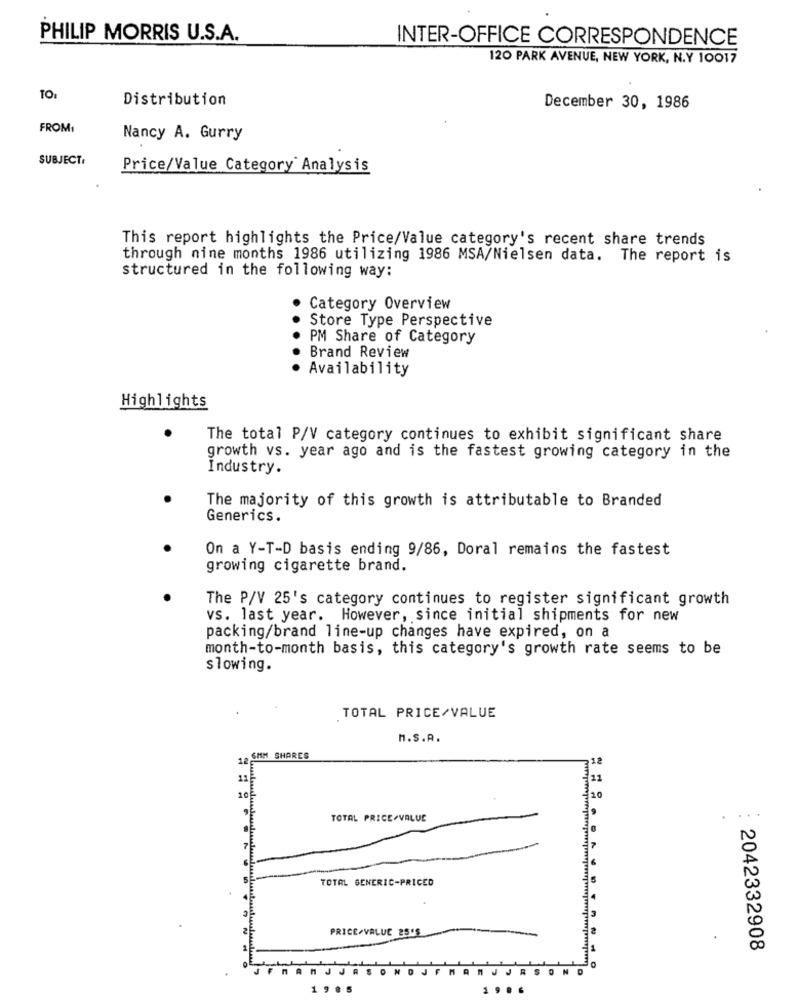
PHILIP MORRIS U.S.A.
INTER-OFFICE CORRESPONDENCE
120 PARK AVENUE, NEW YORK, N.Y 10017
Distribution
December 30, 1986
FROM1
Nancy A. Gurry
SUBJECT:
Price/Value Category Analysis
This report highlights the Price/Value category's recent share trends
through nine months 1986 utilizing 1986 MSA/Nielsen data. The report is
structured in the following way:
Category Overview
Store Type Perspective
PM Share of Category
Brand Review
Availability
Highlights
The total P/V category continues to exhibit significant share
growth vs. year ago and is the fastest growing category in the
Industry.
The majority of this growth is attributable to Branded
Generics.
On a Y-T-D basis ending 9/86, Doral remains the fastest
growing cigarette brand.
The P/V 25's category continues to register significant growth
vs. last year. However, since initial shipments for new
packing/brand line-up changes have expired, on a
month-to-month basis, this category's growth rate seems to be
slowing.
TOTAL PRICE/VALUE
M.S.A.
12 SHM SHARES
10
TOTAL PRICE/VALUE
TOTAL GENERIC-PRICED
PRICE/VALUC 25'S
2042332908
A
J
R
N
1
1 9